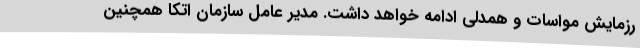
رزمایش مواسات و همدلی ادامه خواهد داشت. مدیر عامل سازمان اتکا همچنین